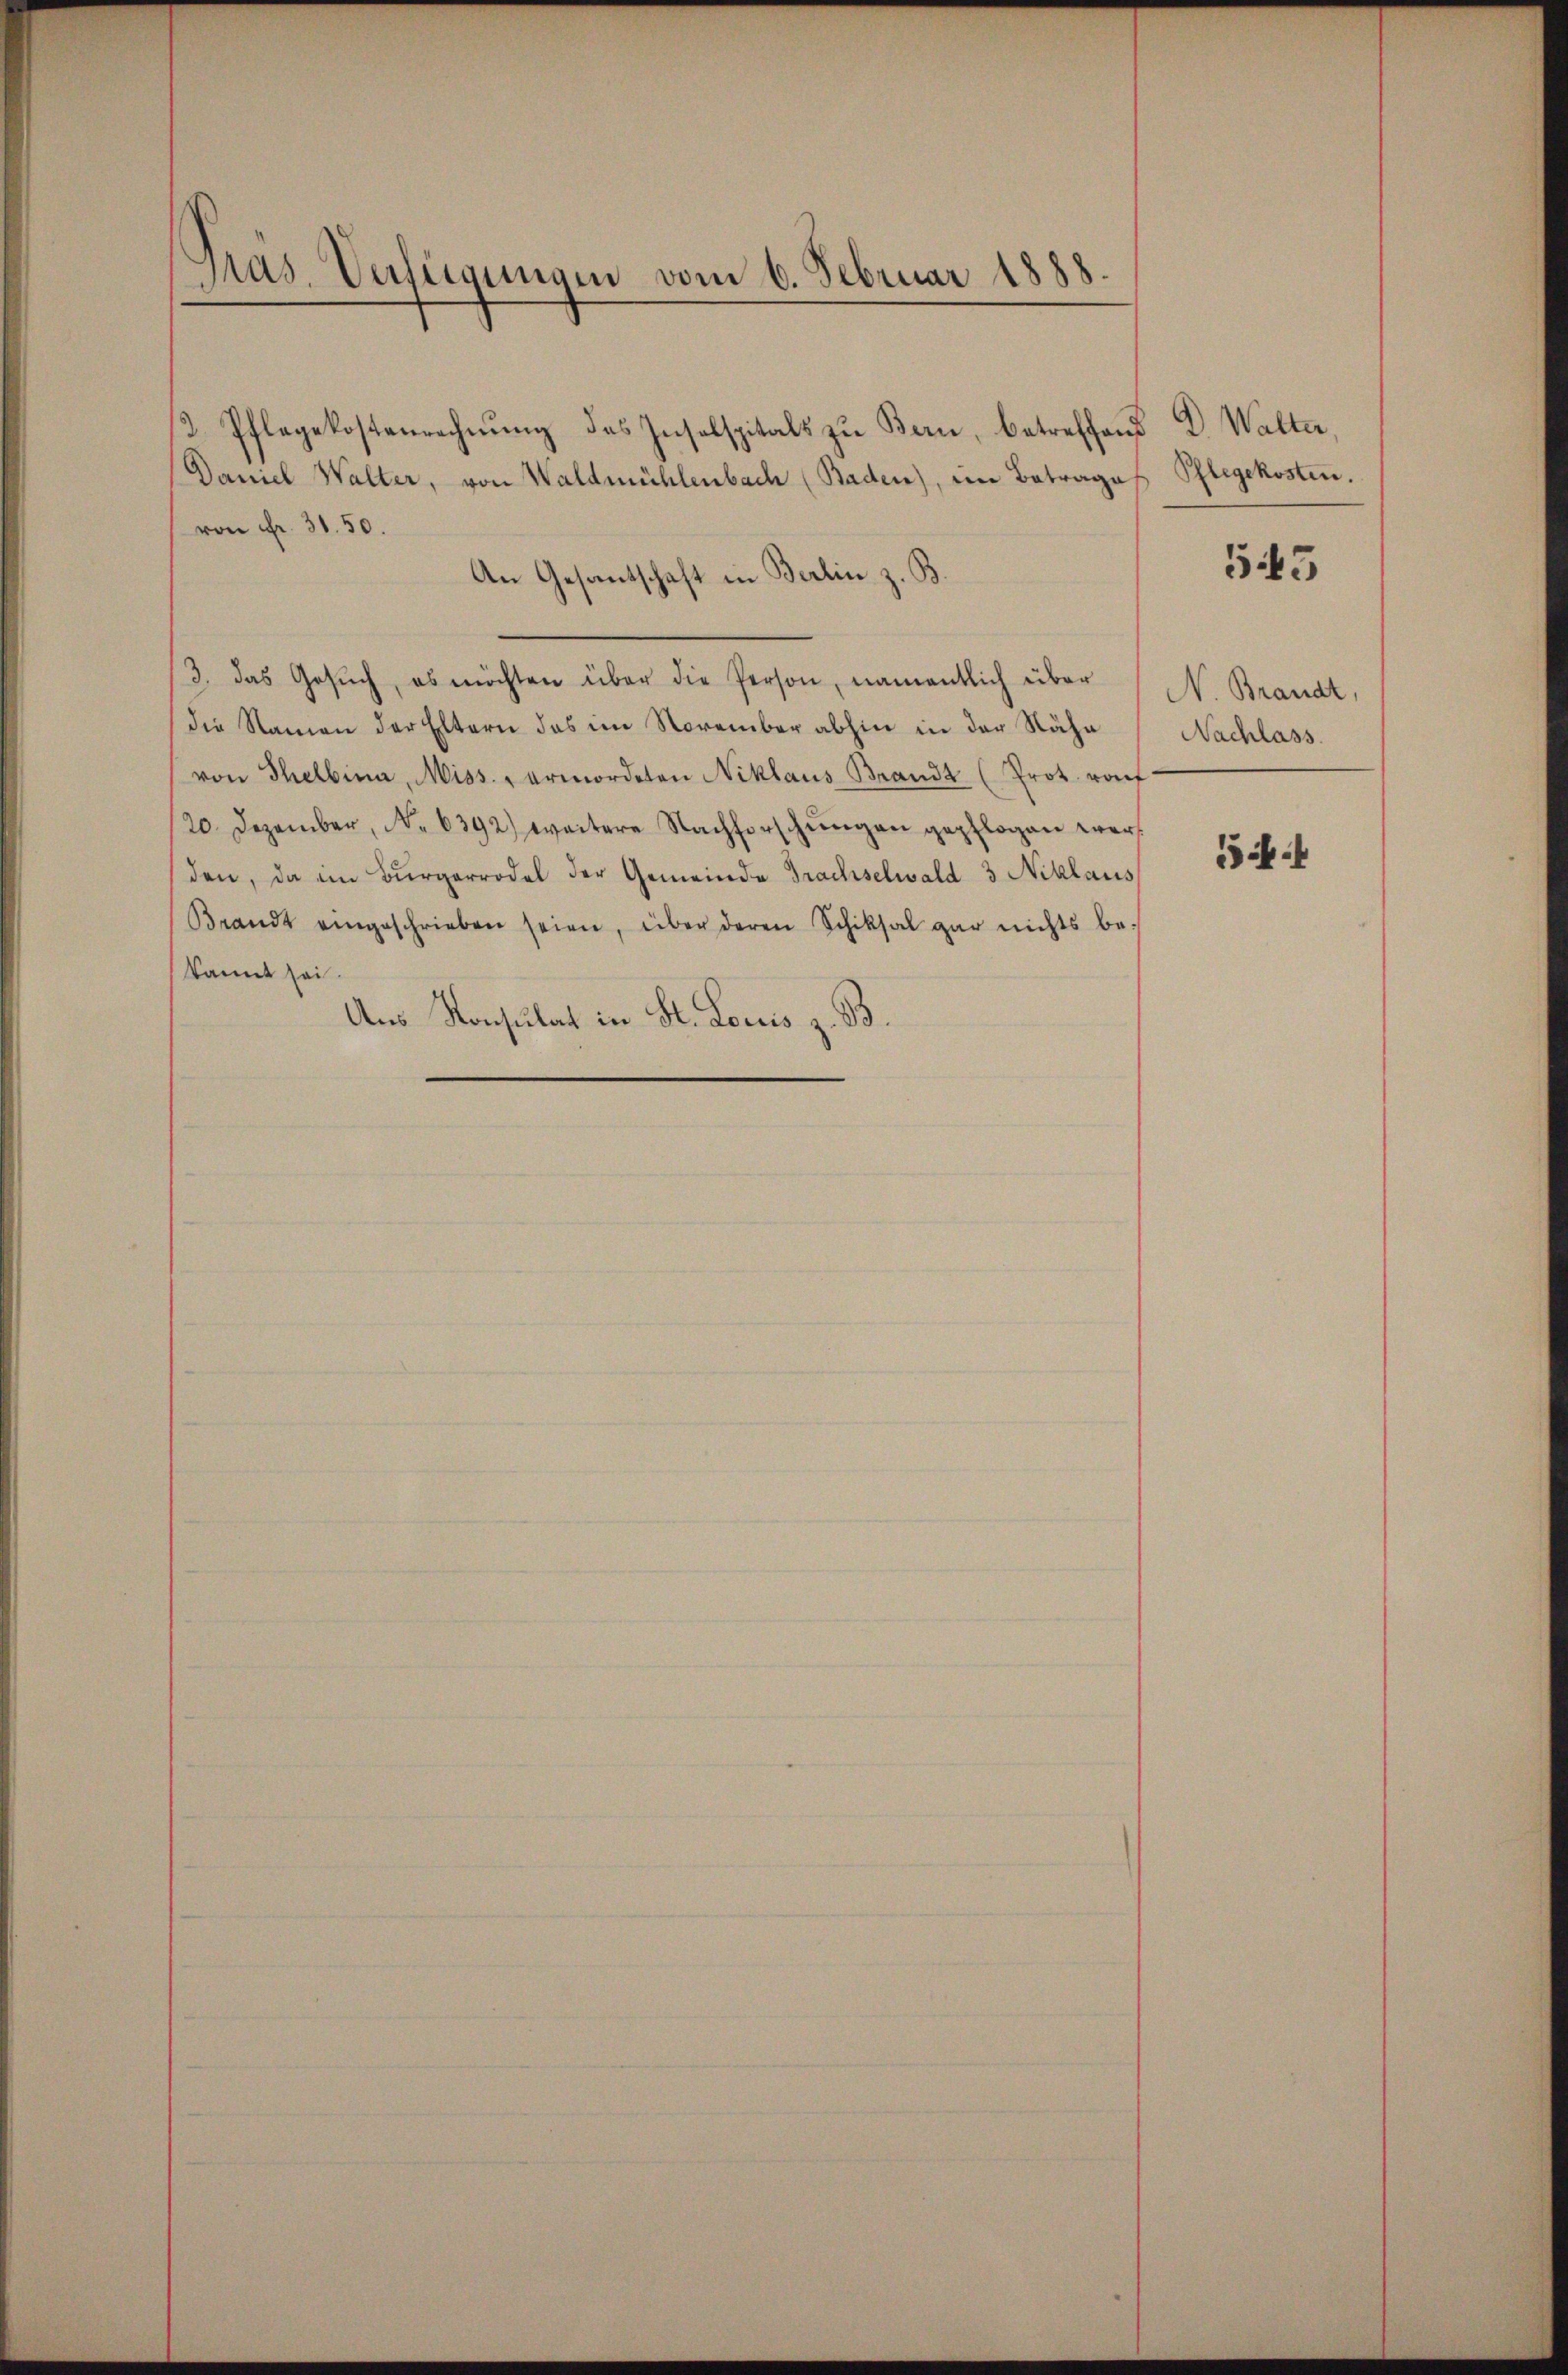
Pras. Anfügungen vom 6. Februar 1888

1. Pflegekostenrechnŭng des Inselspitals zu Bern, betreffend D. Walter,
Daniel Walter, von Waldmühlenbach (Baden), im Betrage
von Fr. 31. 50.
An Gesantschaft in Berlin z. B.
/3. das Gesŭch, es möchten über die Person, namentlich über
Die Namen der Eltern das im November abhin in der Nähe
von Thelbina, Miss. - ermordeten Niklaus Brandt (Prot. wof
/20. Dezember, No. 6392) weitere Nachforschŭngen gepflogen werden, da im Bürgerrodel der Gemeinde Trachselwald 3 Niklaus
Brandt eingeschrieben seien, über deren Schiksal gar nichts be-
kannt sei.
Ans Konsulat in St. Louis z. B.

Pflegekosten.

543

N. Brandt,
Nachlass

4